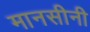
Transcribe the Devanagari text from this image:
मानसीनी